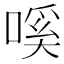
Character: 嗘